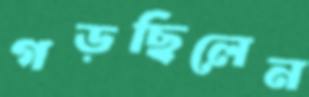
গড়ছিলেন